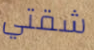
شقتي